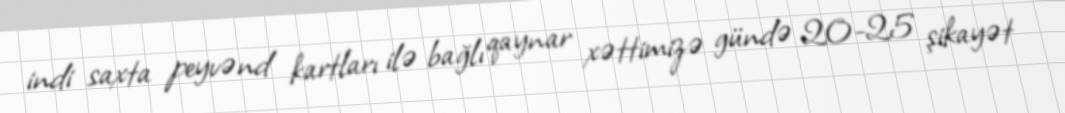
indi saxta peyvənd kartları ilə bağlı qaynar xəttimizə gündə 20-25 şikayət